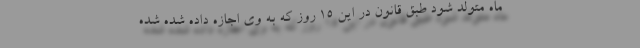
ماه متولد شود طبق قانون در این ۱۵ روز که به وی اجازه داده شده شده